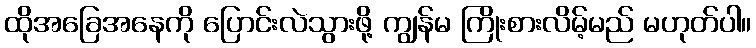
ထိုအခြေအနေကို ပြောင်းလဲသွားဖို့ ကျွန်မ ကြိုးစားလိမ့်မည် မဟုတ်ပါ။